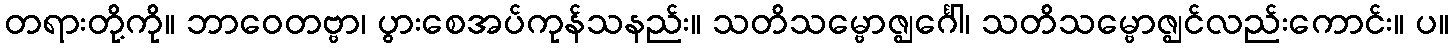
တရားတို့ကို။ ဘာဝေတဗ္ဗာ၊ ပွားစေအပ်ကုန်သနည်း။ သတိသမ္ဗောဇ္ဈင်္ဂေါ၊ သတိသမ္ဗောဇ္ဈင်လည်းကောင်း။ ပ။